画像に写った文字を読んでください
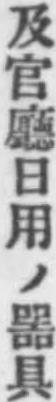
「及官廳日用ノ噐具」と書いてあります